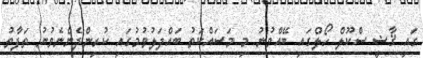
ގައި ޤާޟީ ސްކޫލް ހޯލްގައި ބޭއްވުނު މި މަސައްކަތު ބައްދަލުވުމުގައި ކުރިންދެންނެވުނު ތަފާތު